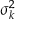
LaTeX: \sigma _ { k } ^ { 2 }